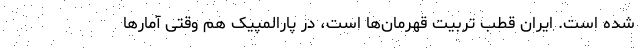
شده است. ایران قطب تربیت قهرمان‌ها است، در پارالمپیک هم وقتی آمارها